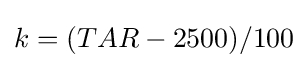
k=(TAR-2500)/100